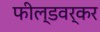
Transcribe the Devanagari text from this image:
फील्डवर्कर